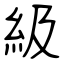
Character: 級